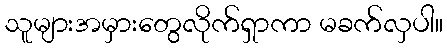
သူများအမှားတွေလိုက်ရှာကာ မခက်လှပါ။